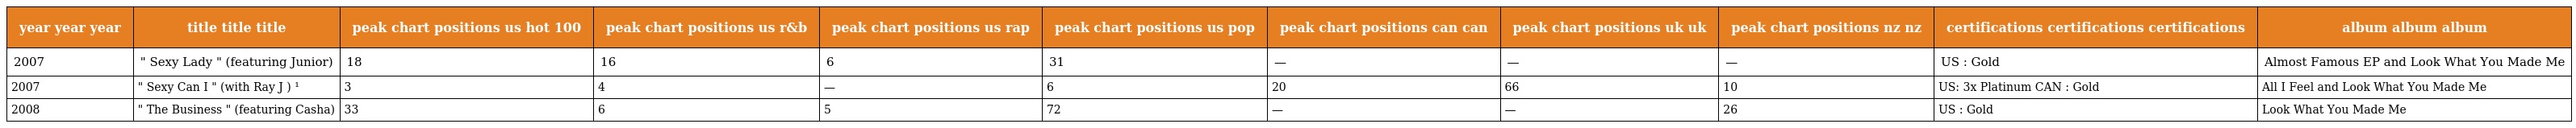
| year year year | title title title | peak chart positions us hot 100 | peak chart positions us r&b | peak chart positions us rap | peak chart positions us pop | peak chart positions can can | peak chart positions uk uk | peak chart positions nz nz | certifications certifications certifications | album album album |
 | --- | --- | --- | --- | --- | --- | --- | --- | --- | --- | --- |
 | 2007 | " Sexy Lady " (featuring Junior) | 18 | 16 | 6 | 31 | — | — | — | US : Gold | Almost Famous EP and Look What You Made Me |
 | 2007 | " Sexy Can I " (with Ray J ) ¹ | 3 | 4 | — | 6 | 20 | 66 | 10 | US: 3x Platinum CAN : Gold | All I Feel and Look What You Made Me |
 | 2008 | " The Business " (featuring Casha) | 33 | 6 | 5 | 72 | — | — | 26 | US : Gold | Look What You Made Me |